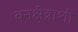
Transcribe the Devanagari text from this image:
वनक्षेत्राशी